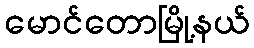
မောင်တောမြို့နယ်